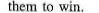
them to win.